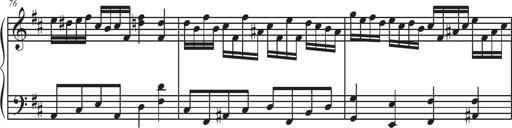
Title: Sonatina Espania
Composer: Jerald Franklin Archer
Key: Various